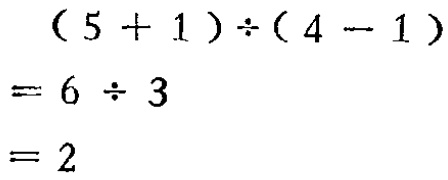
\[

\begin{align*}

(5 + 1)\div(4 - 1)&=6\div3\\

&=2

\end{align*}

\]